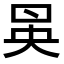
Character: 𠱵